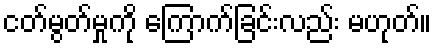
ငတ်မွတ်မှုကို ကြောက်ခြင်းလည်း မဟုတ်။